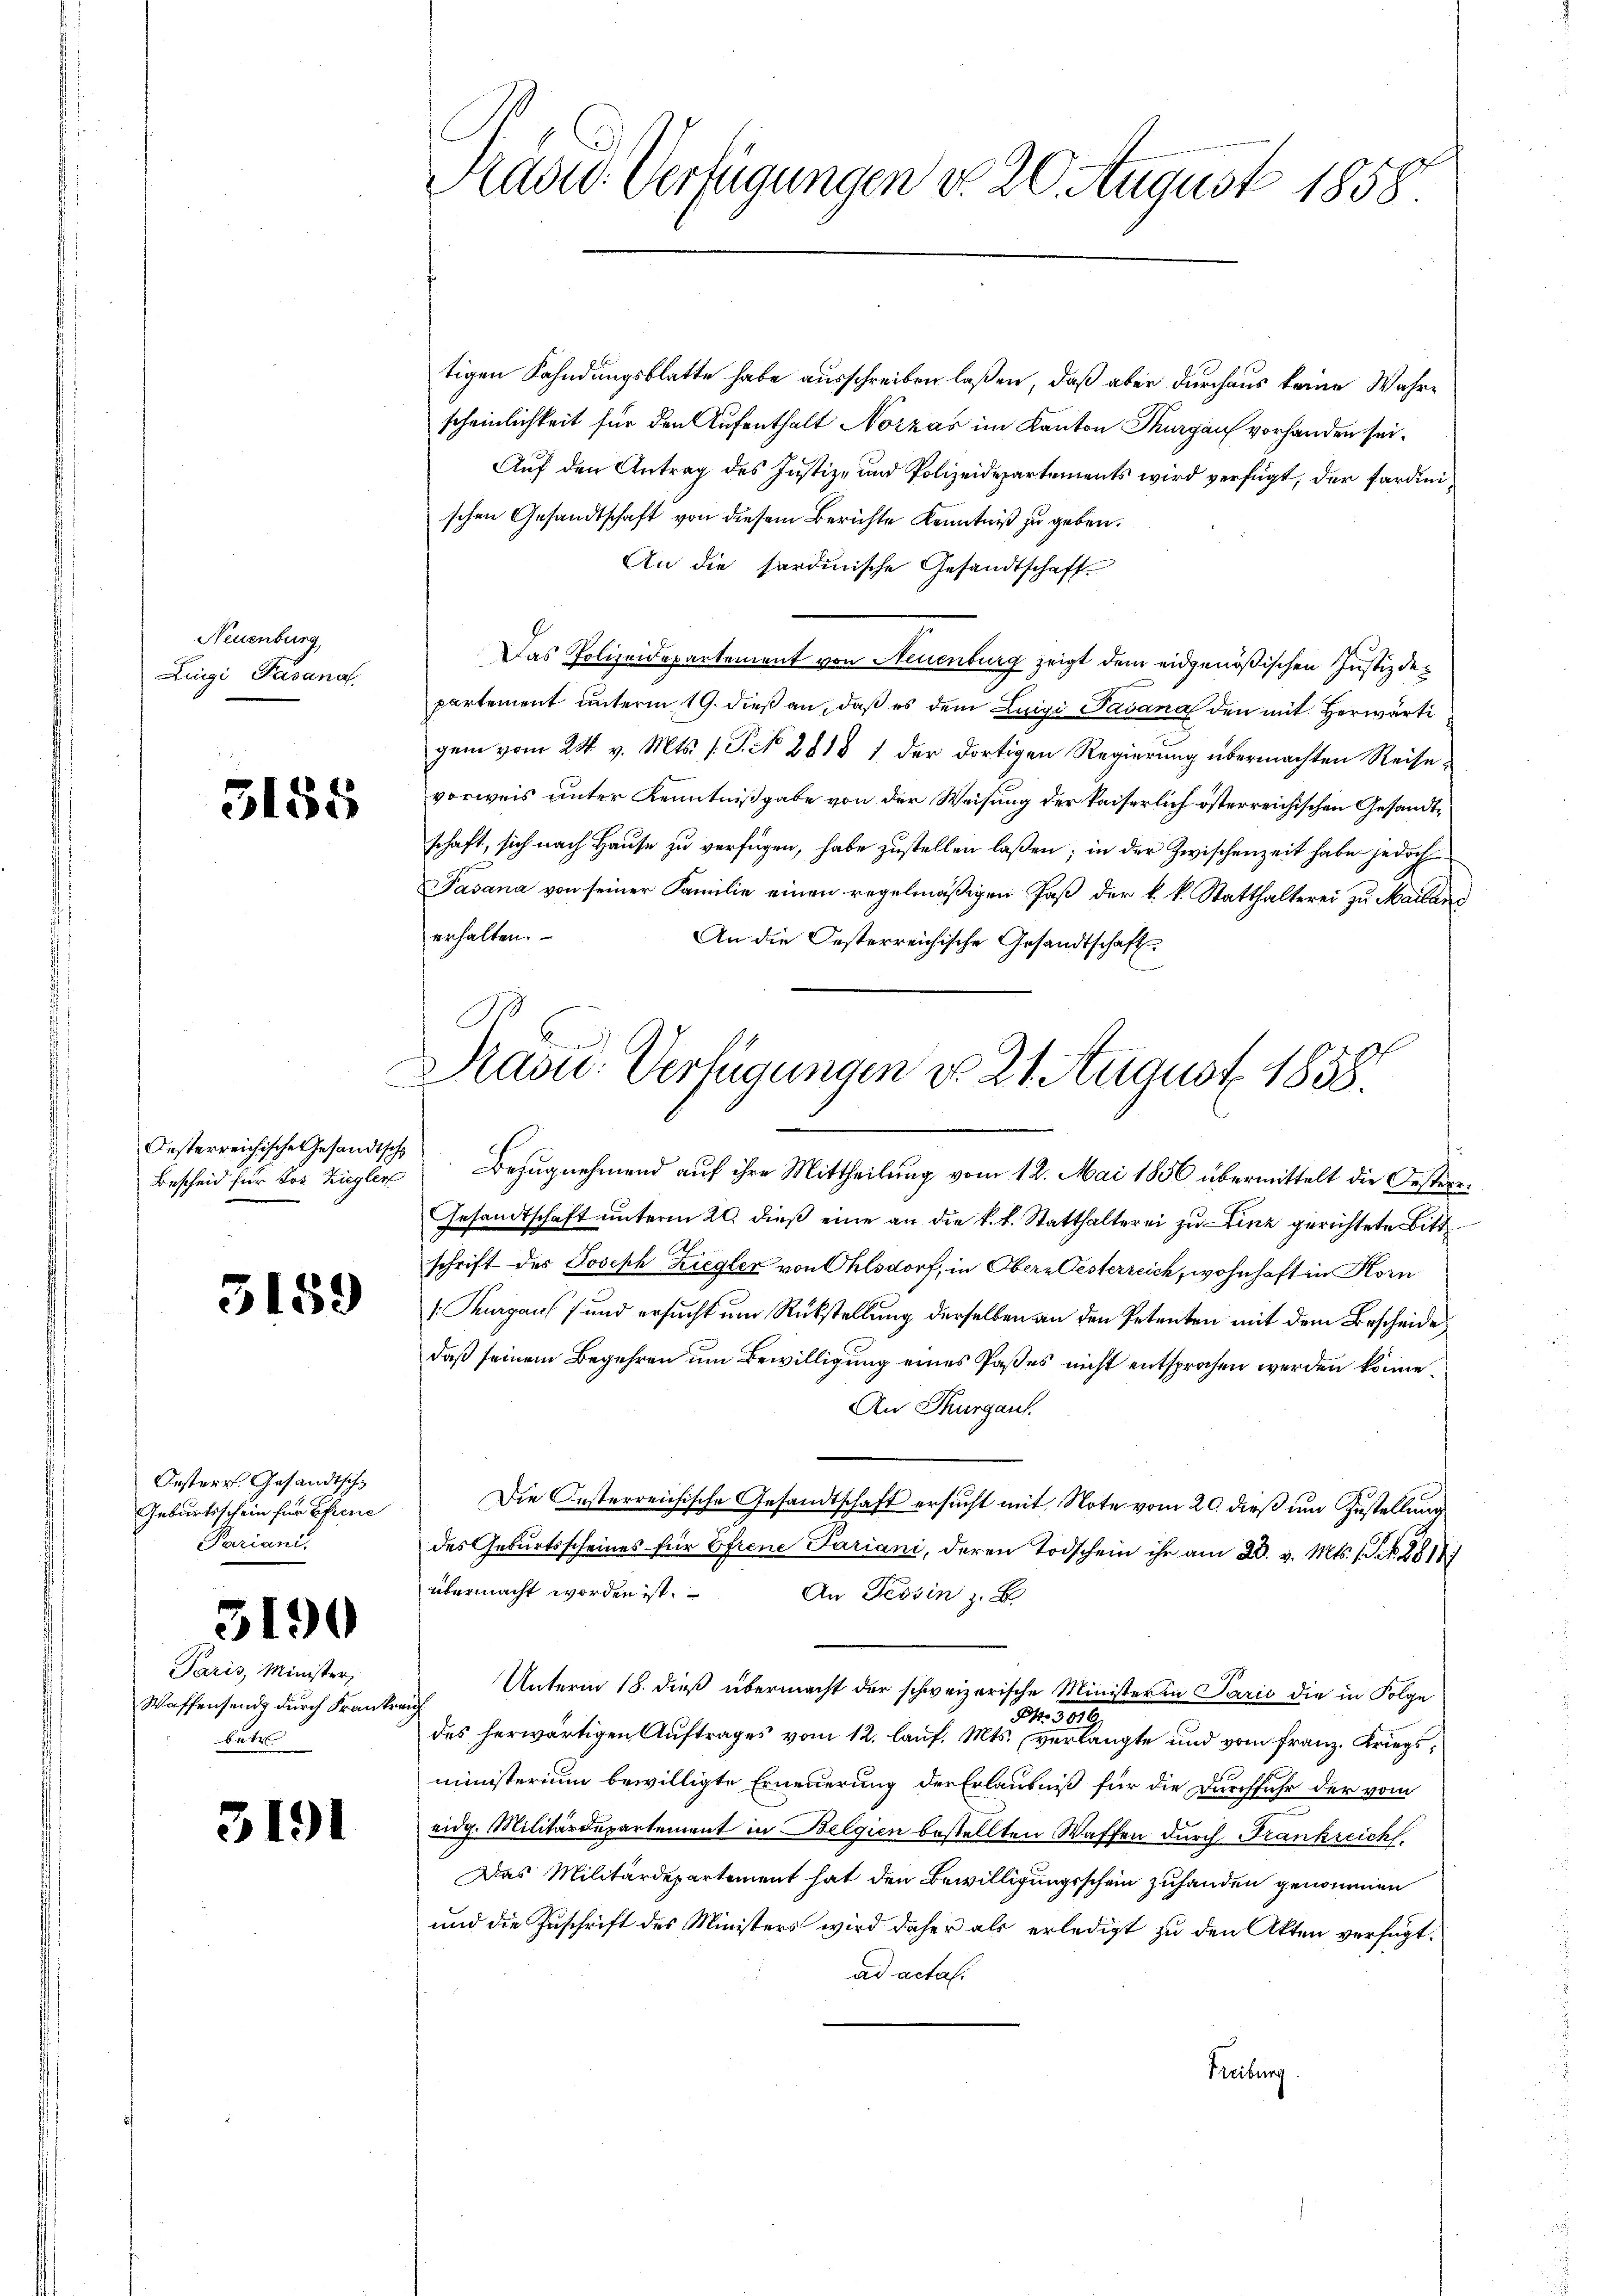
Neuenburg
Lingi, Pasana

3188

Oesterreichische Gesandtsch
Bescheid für Jos. Ziegler

3159

Oesterr Gesandtsch
Geburtsschein für Ehrene
Pariani.

3190

Paris, Minister,
Waffensend durch Kranke
betr

3191

Prüder Verfügungen do 20. August 1858.

C
Dasu- Verfügungen d. 21. August 1858.
x

tigen Fahndungsblatte habe ausschreiben laßen, daß aber durchaus keine Wahre
scheinlichkeit für den Aufenthalt Norzas im Kanton Thurgau vorhanden sei.
Auf den Antrag des Justiz- und Polizeidepartements wird verfügt, der fardinischen Gesandtschaft von diesem Berichte Kenntniß zu geben.
An die sardinische Gesandtschaft
Das Polizeidepartement von Neuenburg zeigt dem eidgenößischen Justizdepartement unterm 19. dieß an, daß es dem Luigi Pavana den mit Herwärti
gem vom 24. v. Mts. s. S. No. 2818 1 der dortigen Regierung übermachten Reise
vorweis unter Kenntnißgabe von der Weisung der kaiserlich österreichischen Gesandtschaft, sich nach Hause zu verfügen, habe zustellen laßen; in der Zwischenzeit habe jedoch
Pasana von seiner Familie einen regelmäßigen Faß der k. k. Statthalterei zu Mailanz
erhalten.
An die Oesterreichische Gesandtschaft.
Bezugnehmend auf ihre Mittheilung vom 12. Mai 1856 übermittelt die Oestere¬
Gesandtschaft unterm 20. dieß eine an die k.k. Statthalterei zu Linz gerichtete Bitt
schrift des Joseph Ziegler von Ohlsdorf, in Obern Gesterreich, wohnhaft in Horn
[Thurgaus, und ersucht um Rükstellung derselben an den Petenten mit dem Bescheide
daß seinem Begehren um Bewilligung eines Paßes nicht entsprochen werden könne.
An Thurgau.
Die Oesterreichische Gesandtschaft ersucht mit Note vom 20. dieß um Zustellung
des Geburtsscheines für Ofrene Pariani, deren Todschein ihr am 20. v. Mts. s. S. 8814)
übermacht worden ist.
An Tessin z. B.
Unterm 18. dieß übermacht der schweizerische Minister in Parić die in Folge
84. 309.
des herwärtigen Auftrages vom 12. lauf. Mts. verlangte und vom Franz. Kriegsministerium bewilligte Erneuerung der Erlaubniß für die Durchfuhr der vom
eidg. Militärdepartement in Belgien bestellten Waffen durch Frankreich.
Das Militärdepartement hat den Bewilligungsschein zuhanden genommen
und die Zuschrift des Ministers wird daher als erledigt zu den Akten verfügt:
ad acta.
Treibung